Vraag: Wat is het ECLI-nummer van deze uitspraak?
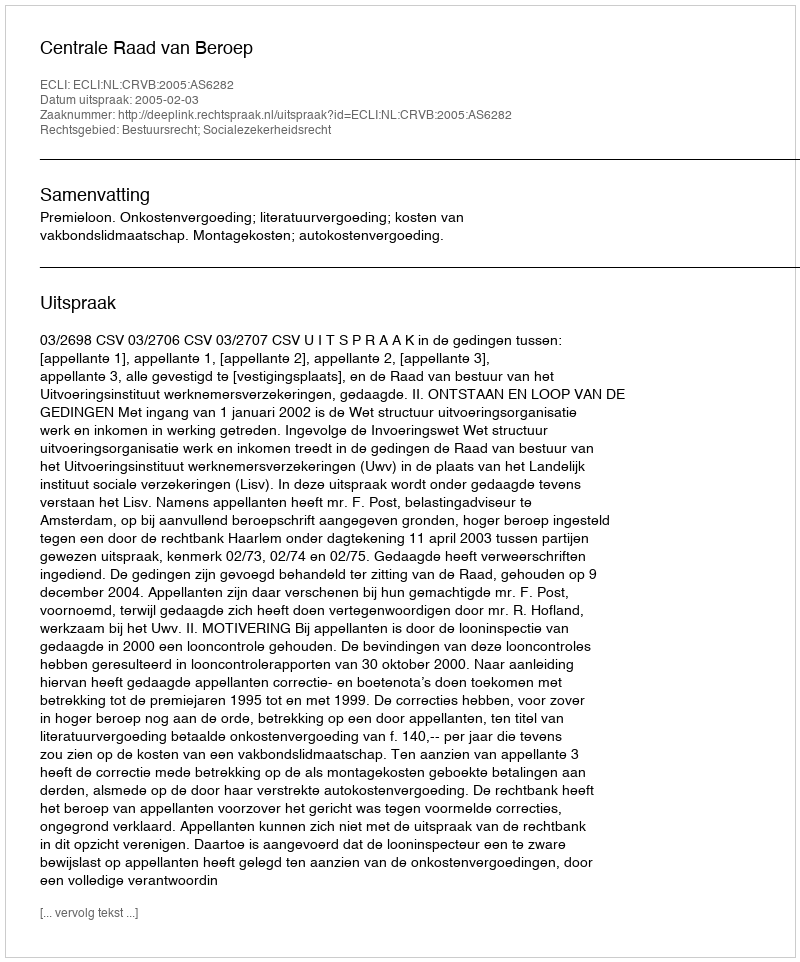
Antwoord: ECLI:NL:CRVB:2005:AS6282